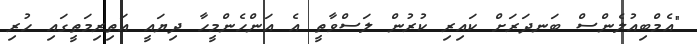
"އެމްބިއުލެންސް ބަނދަރަށް ކައިރި ކުރުން ލަސްވާތީ އެ އަންހެންމީހާ ދިޔައީ އަތިރިމަތީގައި ހުރި